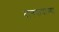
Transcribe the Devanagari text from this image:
दानपात्राच्या